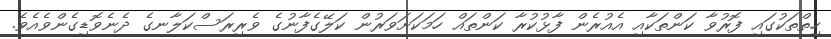
ހިތްތަކުގައި ފޮރުވާ ކަންތަކާއި އެއުރެން ފާޅުކުރާ ކަންތައް ހަމަކަށަވަރުން ކަލޭގެފާނުގެ ވެރިރަސްކަލާނގެ ދެނެވޮޑިގެންވެއެވެ.